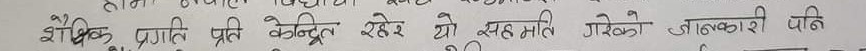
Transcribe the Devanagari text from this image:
शैक्षिक प्रगति प्रति केन्द्रित रहेर यो सहमति गरेको जानकारी पीढि